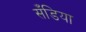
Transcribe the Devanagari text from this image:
सँडिया